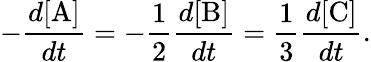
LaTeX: -{\frac{d[\mathrm{A}]}{dt}}=-{\frac{1}{2}}{\frac{d[\mathrm{B}]}{dt}}={\frac{1}{3}}{\frac{d[\mathrm{C}]}{dt}}.